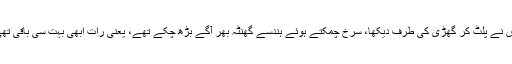
اس نے پلٹ کر گھڑی کی طرف دیکھا، سرخ چمکتے ہوئے ہندسے گھنٹہ بھر آگے بڑھ چکے تھے، یعنی رات ابھی بہت سی باقی تھی۔